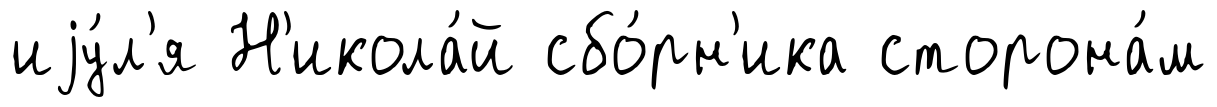
иjу́л'я Н'икола́й сбо́рн'ика сторона́м